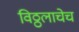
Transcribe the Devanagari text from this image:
विठ्ठलाचेच